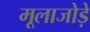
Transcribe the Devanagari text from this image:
मूलाजोड़े